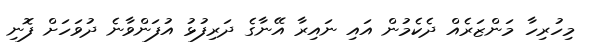
މިހުރިހާ މަންޒަރެއް ދެކެމުން އައި ނައިރާ އޭނާގެ ދަރިފުޅު އުފަންވާނެ ދުވަހަށް ފޮނި